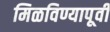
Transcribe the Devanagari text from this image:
मिळविण्यापूर्वी